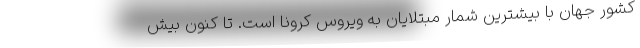
کشور جهان با بیشترین شمار مبتلایان به ویروس کرونا است. تا کنون بیش